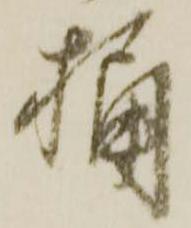
桶